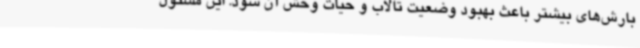
بارش‌های بیشتر باعث بهبود وضعیت تالاب و حیات وحش آن شود. این مسئول